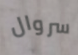
سروال